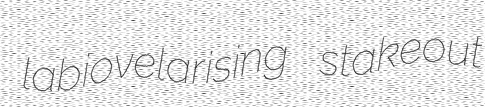
labiovelarising stakeout